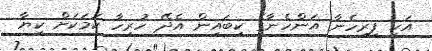
އަކީ ފިރިހެނާ އަންހެނާގެ ކިބައިން އެދޭ ހުރިހާ ކަމަކަށް ކިޔާ